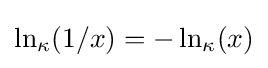
\ln _{\kappa }(1/x)=-\ln _{\kappa }(x)